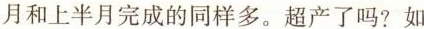
月和上半月完成的同样多。超产了吗?如